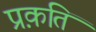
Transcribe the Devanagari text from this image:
प्रक़ति